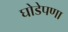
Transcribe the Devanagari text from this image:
घोडेपणा